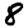
Digit: 8